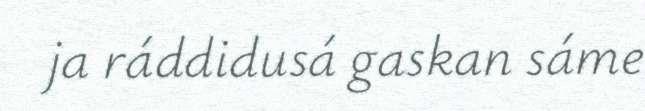
ja ráddidusá gaskan sáme